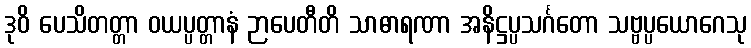
ဒုဝိ ပေသိတတ္တာ ဝယပ္ပတ္တာနံ ဉာပေတီတိ သာဓာရဏာ အနိဋ္ဌပ္ပသင်္ဂတော သဗ္ဗပ္ပယောဂေသု